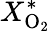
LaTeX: X_{\mathrm{O_{2}}}^{*}